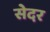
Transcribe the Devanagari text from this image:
सेदर